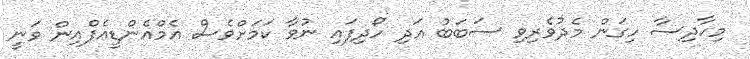
މިހާދިސާ ހިގަން މެދުވެރިވި ސަބަބު އަދި ހޯދިފައި ނުވާ ކަމަށްވެސް އެމްއެންޑީއެފްއިން ވަނީ